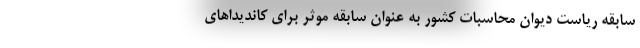
سابقه ریاست دیوان محاسبات کشور به عنوان سابقه موثر برای کاندیداهای